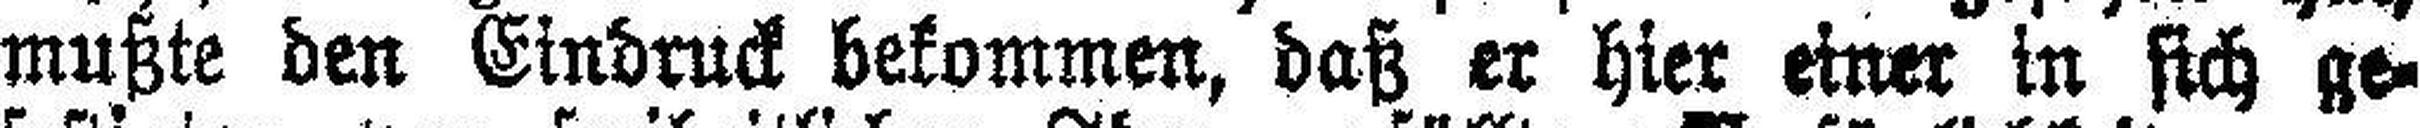
mußte den Eindruck bekommen, daß er hier einer in sich ge¬